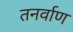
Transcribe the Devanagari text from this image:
तनर्वाण